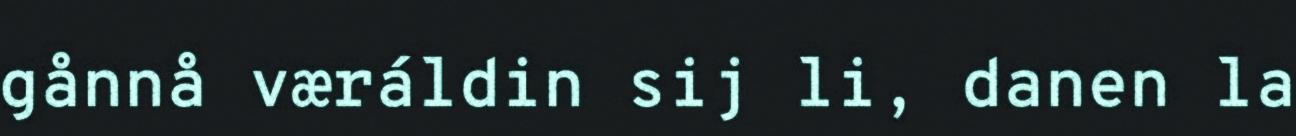
gånnå væráldin sij li, danen la